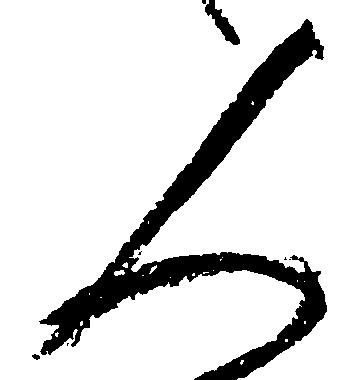
人